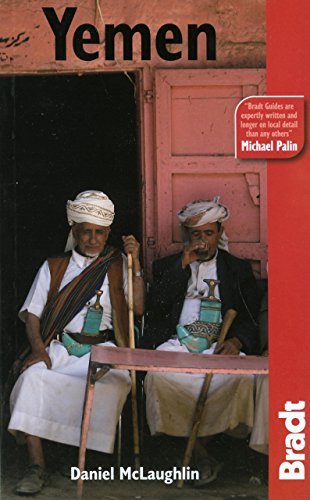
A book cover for By Daniel Mclaughlin Yemen (Bradt Travel Guide) (1st First Edition) [Paperback]; Travel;